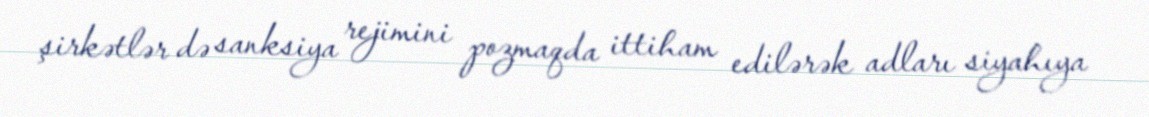
şirkətlər də sanksiya rejimini pozmaqda ittiham edilərək adları siyahıya